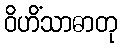
ဝိဟိံသာဓာတု